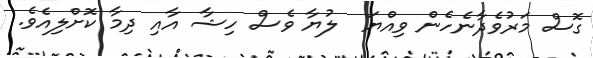
ގޮސް މަރުވެދާނެހެން ވިއްޔަ  ލުޔާ ވެސް ހިޝާ އާއި ދިމާ ކޮށްލިއެވެ.